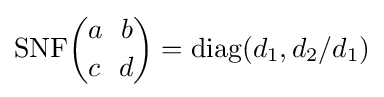
{\rm {SNF}}{a~~b \choose c~~d}={\rm {diag}}(d_{1},d_{2}/d_{1})